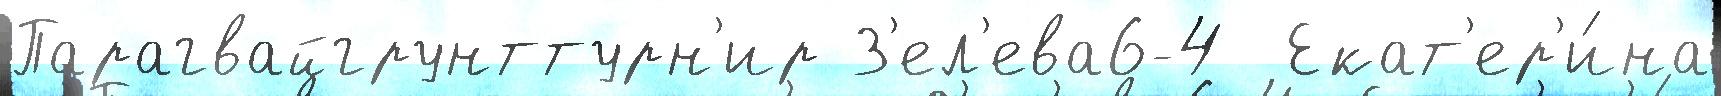
Парагвайгрунттурн'ир З'ел'ева6-4  Екат'ер'и́на